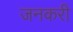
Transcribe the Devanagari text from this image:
जनकरी